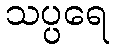
သပ္ပရေ